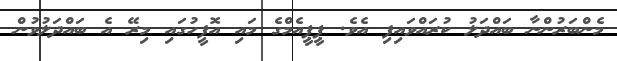
މެންބަރުންނާ ބައްދަލު ކުރައްވައިފި އެވެ. ޕީޕީއެމްގެ މައި އޮފީހުގައި މިރޭ އެ ބައްދަލުވުން